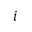
i